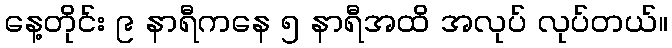
နေ့တိုင်း ၉ နာရီကနေ ၅ နာရီအထိ အလုပ် လုပ်တယ်။